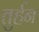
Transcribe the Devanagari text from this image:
तुर्हन